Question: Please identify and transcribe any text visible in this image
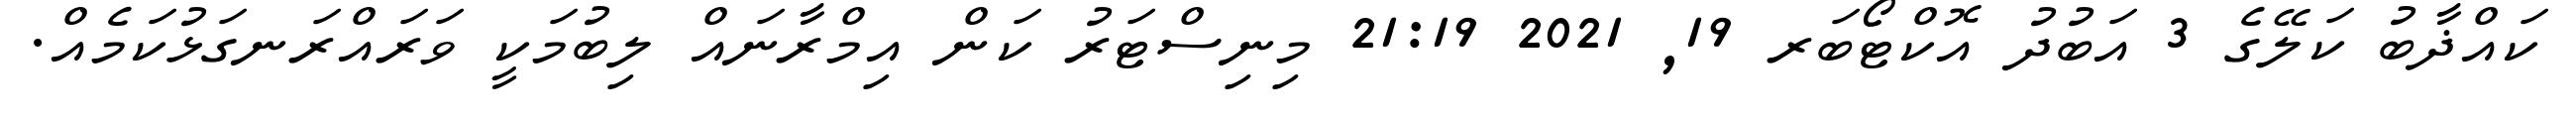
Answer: ކައްޛާބު ކަލޭގެ 3 އަބުދު އޮކްޓޯބަރ 19, 2021 21:19 މިނިސްޓަރު ކަން އިމްރާނައް ލިބުމަކީ ވަރައްރަނގަޅުކަމެއް.